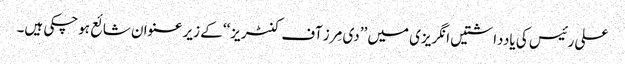
علی رئیس کی یادداشتیں انگریزی میں ’’دی مِرز آف کنٹریز‘‘ کے زیر عنوان شائع ہوچکی ہیں۔